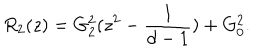
LaTeX: R _ { 2 } ( z ) = G _ { 2 } ^ { 2 } ( z ^ { 2 } - \frac { 1 } { d - 1 } ) + G _ { 0 } ^ { 2 } .